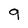
Character: 9